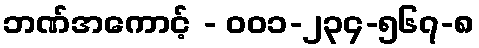
ဘဏ်အကောင့် - ၀၀၁-၂၃၄-၅၆၇-၈